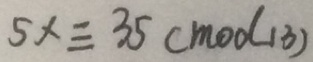
5 x \equiv 3 5 ( m o d 1 3 )